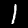
Digit: 1